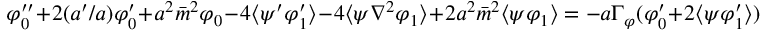
\varphi _ { 0 } ^ { \prime \prime } + 2 ( a ^ { \prime } / a ) \varphi _ { 0 } ^ { \prime } + a ^ { 2 } \bar { m } ^ { 2 } \varphi _ { 0 } - 4 \langle \psi ^ { \prime } \varphi _ { 1 } ^ { \prime } \rangle - 4 \langle \psi \nabla ^ { 2 } \varphi _ { 1 } \rangle + 2 a ^ { 2 } \bar { m } ^ { 2 } \langle \psi \varphi _ { 1 } \rangle = - a \Gamma _ { \varphi } ( \varphi _ { 0 } ^ { \prime } + 2 \langle \psi \varphi _ { 1 } ^ { \prime } \rangle )